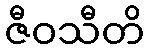
ဇီဝသီတိ